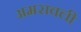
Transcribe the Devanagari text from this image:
अमरावली